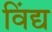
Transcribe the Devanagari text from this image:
विंद्य